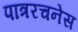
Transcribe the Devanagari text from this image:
पात्ररचनेस